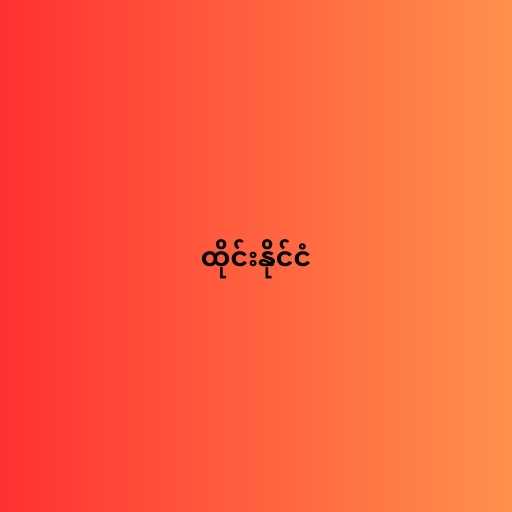
ထိုင်းနိုင်ငံ